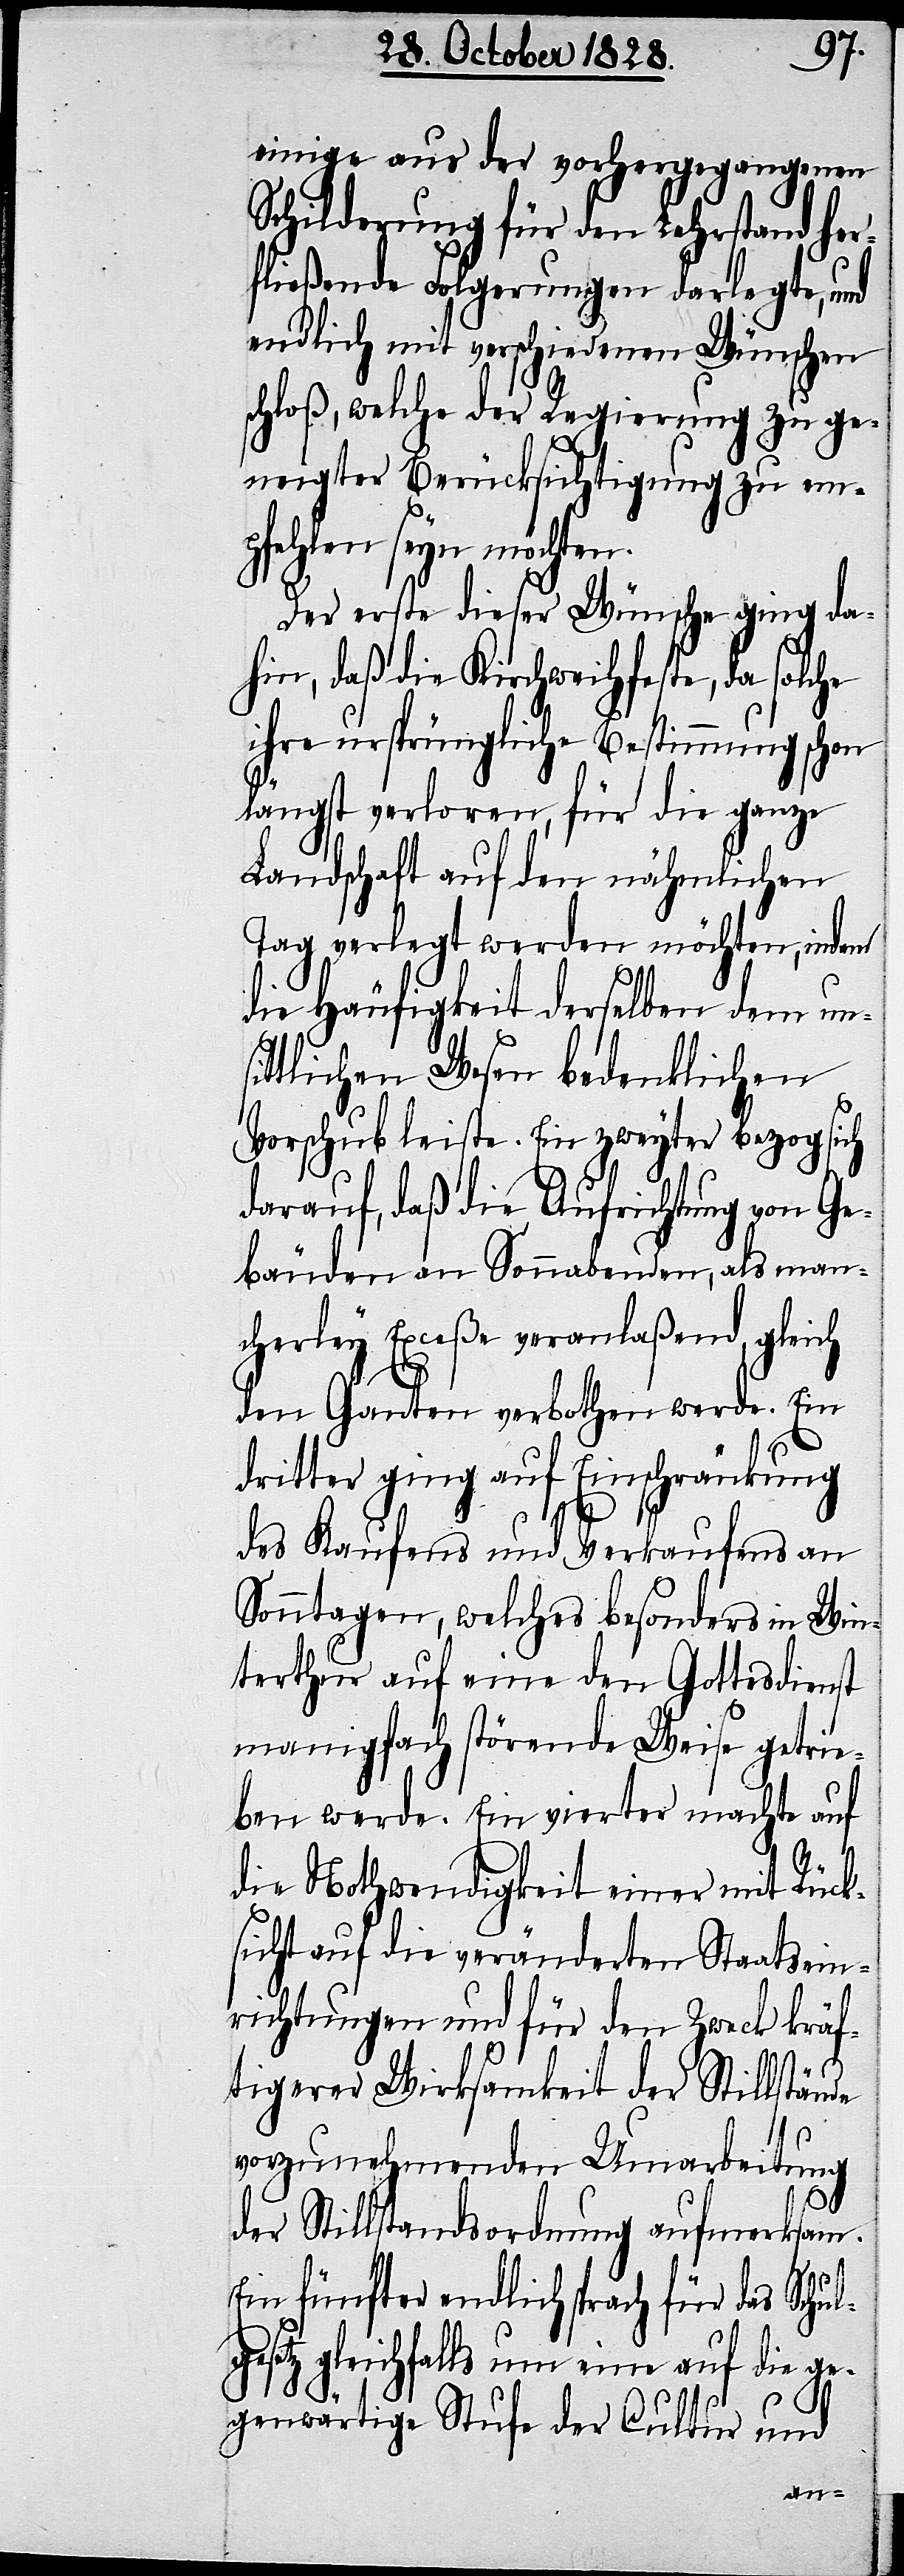
einige aus der vorhergegangenen
Schilderung für den Lehrstand her¬
fließende Folgerungen darlegte, und
endlich mit verschiedenen Wünschen
schloß, welche der Regierung zu ge¬
neigter Berücksichtigung zu em¬
pfehlen seyn möchten.
Der erste dieser Wünsche ging da¬
hin, daß die Kirchweihfeste, da solche
ihre ursprüngliche Bestimmung schon
längst verloren, für die ganze
Landschaft auf den nähmlichen
Tag verlegt werden möchten, indem
ch
die Häufigkeit derselben dem uns¬
ittlichen Wesen bedenklichen
Vorschub leiste. Ein zweyter bezog sich
darauf, daß die Aufrichtung von Ge¬
bäuden an Sonnabenden, als man¬
cherley Exceße veranlaßend, glei¬
den Ganten verbothen werde. Ein
dritter ging auf Einschränkung
des Kaufens und Verkaufens an
Sonntagen, welches besonders in Win¬
terthur auf eine den Gottesdienst
manigfach störende Weise getrie¬
ben werde. Ein vierter machte auf
die Nothwendigkeit einer mit Rück¬
sicht auf die veränderten Staatsein¬
richtungen und für den Zweck kräf¬
tigerer Wirksamkeit der Stillstände
l¬
vorzunehmenden Umarbeitung
der Stillstandsordnung aufmerksam.
Ein fünfter endlich sprach für das Schu¬
gesetz gleichfalls um eine auf die ge¬
genwärtige Stufe der Cultur und